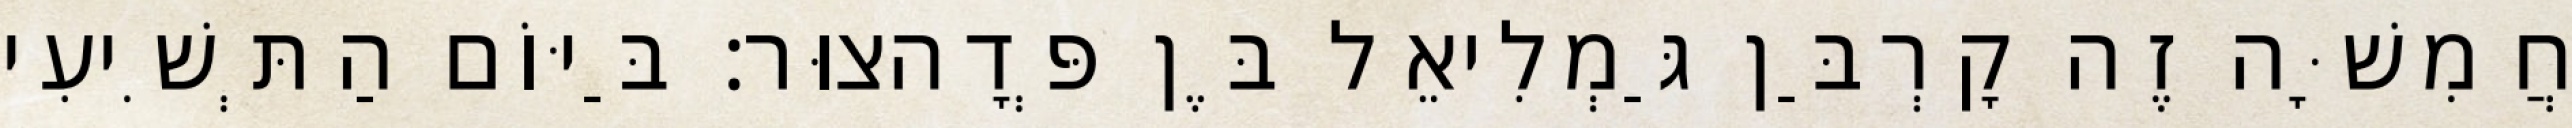
חֲמִשָּׁה זֶה קָרְבַּן גַּמְלִיאֵל בֶּן פְּדָהצוּר׃ בַּיּוֹם הַתְּשִׁיעִי